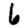
Digit: 6